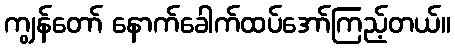
ကျွန်တော် နောက်ခေါက်ထပ်အော်ကြည့်တယ်။